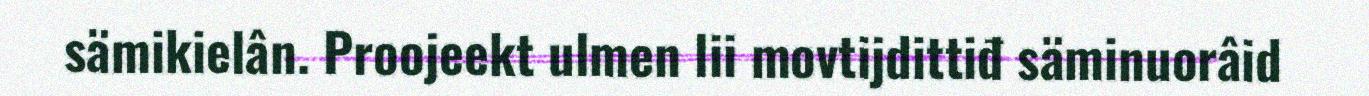
sämikielân. Proojeekt ulmen lii movtijdittiđ säminuorâid